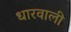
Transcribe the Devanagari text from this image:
धारवाली